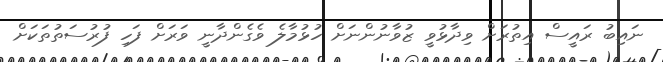
ނައިބު ރައީސް އިތުރަށް ވިދާޅުވީ ޒުވާނުންނަށް ހުޅުމާލެ ވެގެންދާނީ ވަރަށް ފަހި ފުރުސަތުތަކަށް